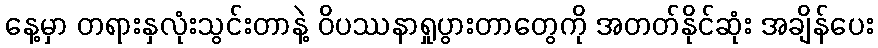
နေ့မှာ တရားနှလုံးသွင်းတာနဲ့ ဝိပဿနာရှုပွားတာတွေကို အတတ်နိုင်ဆုံး အချိန်ပေး